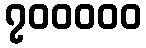
၇၀၀၀၀၀